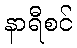
နာရီစင်